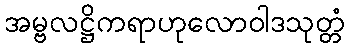
အမ္ဗလဋ္ဌိကရာဟုလောဝါဒသုတ္တံ